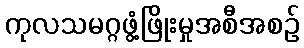
ကုလသမဂ္ဂဖွံ့ဖြိုးမှုအစီအစဉ်